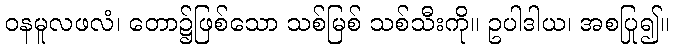
ဝနမူလဖလံ၊ တော၌ဖြစ်သော သစ်မြစ် သစ်သီးကို။ ဥပါဒါယ၊ အစပြု၍။